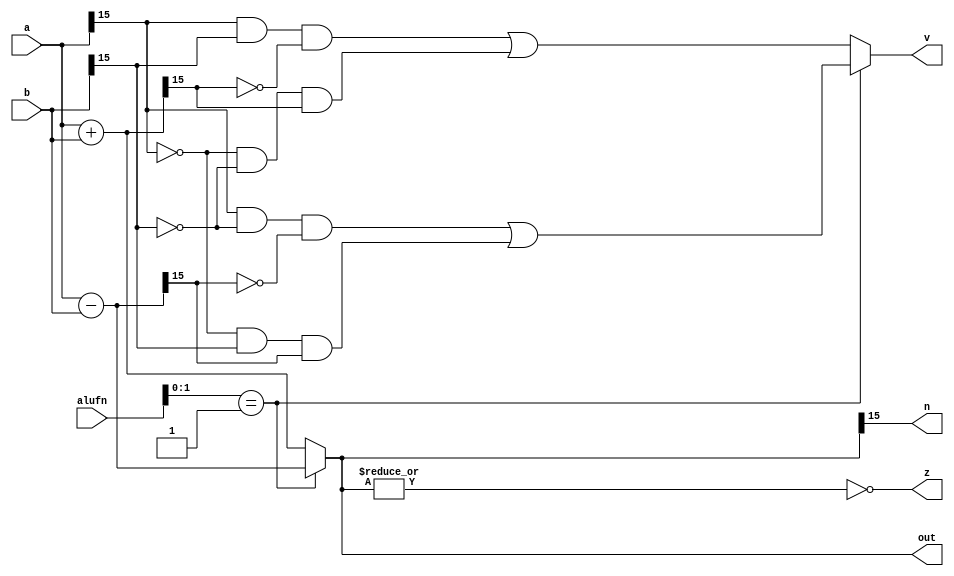
/*
   This file was generated automatically by the Mojo IDE version B1.3.6.
   Do not edit this file directly. Instead edit the original Lucid source.
   This is a temporary file and any changes made to it will be destroyed.
*/

module adderMul_74 (
    input [5:0] alufn,
    input [15:0] a,
    input [15:0] b,
    output reg z,
    output reg v,
    output reg n,
    output reg [15:0] out
  );
  
  
  
  reg [15:0] temp;
  
  always @* begin
    
    case (alufn[0+1-:2])
      2'h0: begin
        temp = a + b;
        v = (a[15+0-:1] & b[15+0-:1] & (~temp[15+0-:1])) | ((~a[15+0-:1]) & (~b[15+0-:1]) & temp[15+0-:1]);
      end
      2'h1: begin
        temp = a - b;
        v = (a[15+0-:1] & (~b[15+0-:1]) & (~temp[15+0-:1])) | ((~a[15+0-:1]) & (b[15+0-:1]) & temp[15+0-:1]);
      end
      default: begin
        temp = a + b;
        v = (a[15+0-:1] & b[15+0-:1] & (~temp[15+0-:1])) | ((~a[15+0-:1]) & (~b[15+0-:1]) & temp[15+0-:1]);
      end
    endcase
    z = (~|temp);
    n = temp[15+0-:1];
    out = temp;
  end
endmodule